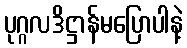
ပုဂ္ဂလဒိဋ္ဌာန်မပြောပါနဲ့